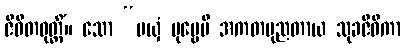
ဇီဝိတဝုတ္တိံ။ သော “မယှံ ပုဗ္ဗေပိ အကတပုညတာယ သုခဇီဝိကာ